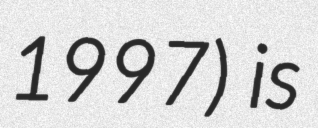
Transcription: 1997) is